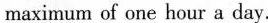
maximum of one hour a day.